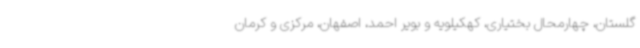
گلستان، چهارمحال بختیاری، کهکیلویه و بویر احمد، اصفهان، مرکزی و کرمان